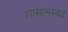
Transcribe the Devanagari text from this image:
शाखासम्बद्ध